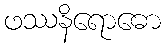
ဖဿနိရောဓော